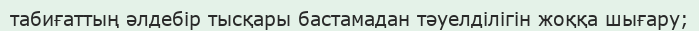
табиғаттың әлдебір тысқары бастамадан тәуелділігін жоққа шығару;